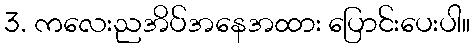
3. ကလေးညအိပ်အနေအထား ပြောင်းပေးပါ။